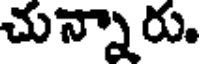
చున్నారు.